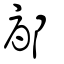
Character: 鄏